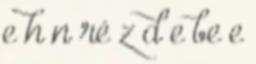
e h n ré z d e be e